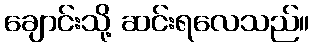
ချောင်းသို့ ဆင်းရလေသည်။